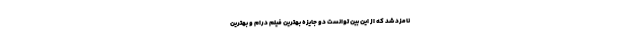
نامزد شد که از این بین توانست دو جایزه بهترین فیلم درام و بهترین